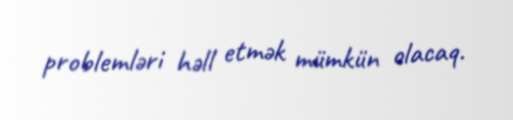
problemləri həll etmək mümkün olacaq.